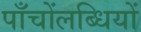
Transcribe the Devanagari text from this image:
पाँचोंलब्धियों